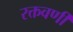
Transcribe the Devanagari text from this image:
रक्तवर्णी